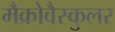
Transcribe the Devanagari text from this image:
मैक्रोवैस्कुलर